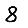
Digit: 8